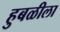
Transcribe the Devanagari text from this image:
हुबळीला